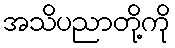
အသိပညာတို့ကို